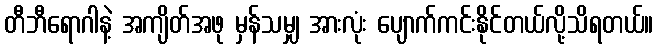
တီဘီရောဂါနဲ့ အကျိတ်အဖု မှန်သမျှ အားလုံး ပျောက်ကင်းနိုင်တယ်လို့သိရတယ်။